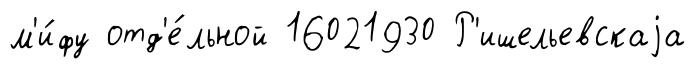
м'и́фу отд'е́льной 16021930 Р'ишельевскаjа